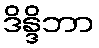
ဒိန္ဒိဘာ